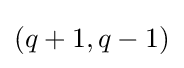
(q+1,q-1)